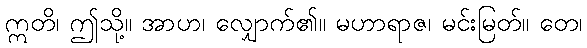
ဣတိ၊ ဤသို့။ အာဟ၊ လျှောက်၏။ မဟာရာဇ၊ မင်းမြတ်။ တေ၊